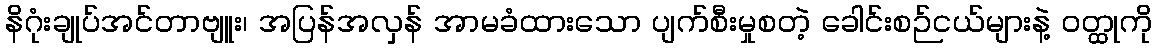
နိဂုံးချုပ်အင်တာဗျူး၊ အပြန်အလှန် အာမခံထားသော ပျက်စီးမှုစတဲ့ ခေါင်းစဉ်ငယ်များနဲ့ ဝတ္ထုကို